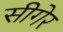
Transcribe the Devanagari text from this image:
सीगेर